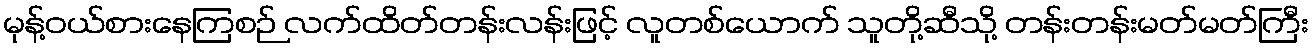
မုန့်ဝယ်စားနေကြစဉ် လက်ထိတ်တန်းလန်းဖြင့် လူတစ်ယောက် သူတို့ဆီသို့ တန်းတန်းမတ်မတ်ကြီး